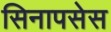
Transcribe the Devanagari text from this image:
सिनापसेस